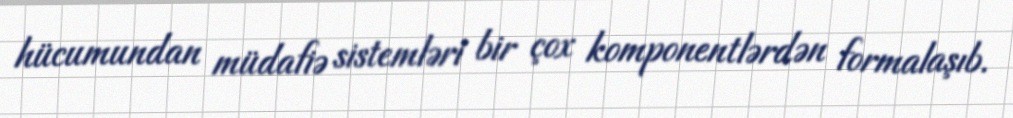
hücumundan müdafiə sistemləri bir çox komponentlərdən formalaşıb.